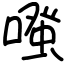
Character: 𠽟